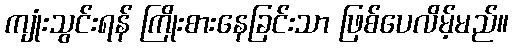
ကျုံးသွင်းရန် ကြိုးစားနေခြင်းသာ ဖြစ်ပေလိမ့်မည်။